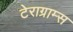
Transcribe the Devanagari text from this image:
टेराग्राम्स